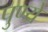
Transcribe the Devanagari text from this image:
पुण्ये